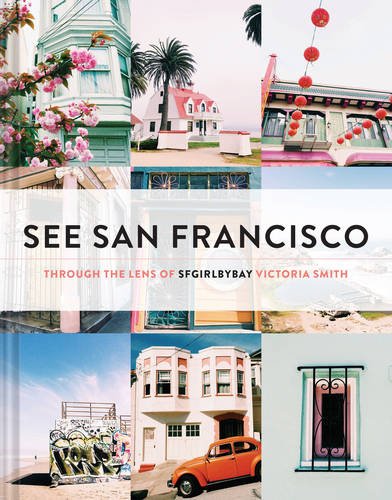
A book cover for See San Francisco: Through the Lens of SFGirlbyBay; Victoria Smith; Arts & Photography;